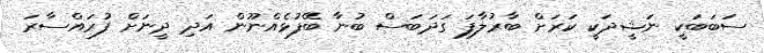
ސަބަބަކީ ނަޝީދަކީ ކަރަށް ބާރުލާފަ ގަދަބަސް ބުނާ ބޭފުޅެއްނޫން އަދި ދީނަށް ފުރައްސާރަ